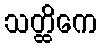
သတ္ထိကေ